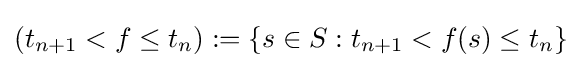
(t_{n+1}<f\leq t_{n}):=\{s\in S:t_{n+1}<f(s)\leq t_{n}\}